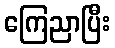
ကြေညာပြီး